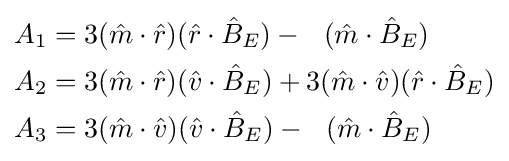
{\begin{aligned}A_{1}&=3({\hat {m}}\cdot {\hat {r}})({\hat {r}}\cdot {\hat {B}}_{E})-~~({\hat {m}}\cdot {\hat {B}}_{E})\\A_{2}&=3({\hat {m}}\cdot {\hat {r}})({\hat {v}}\cdot {\hat {B}}_{E})+3({\hat {m}}\cdot {\hat {v}})({\hat {r}}\cdot {\hat {B}}_{E})\\A_{3}&=3({\hat {m}}\cdot {\hat {v}})({\hat {v}}\cdot {\hat {B}}_{E})-~~({\hat {m}}\cdot {\hat {B}}_{E})\end{aligned}}